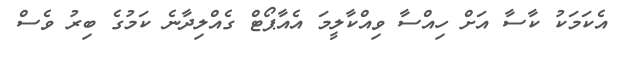
އެކަމަކު ކާސާ އަށް ހިއްސާ ވިއްކާލީމަ އެއާޕޯޓް ގެއްލިދާނެ ކަމުގެ ބިރު ވެސް